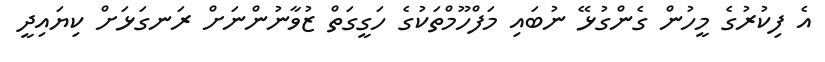
އެ ފިކުރުގެ މީހުން ގެންގުޅޭ ނުބައި މަފްހޫމްތަކުގެ ހަގީގަތް ޒުވާނުންނަށް ރަނގަޅަށް ކިޔައިދީ